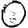
Digit: 0